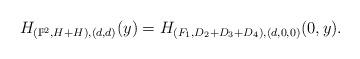
LaTeX: \begin{align*}H_{(\mathbb P^2,H+H),(d,d)}(y)=H_{(F_1,D_2+D_3+D_4),(d,0,0)}(0,y).\end{align*}